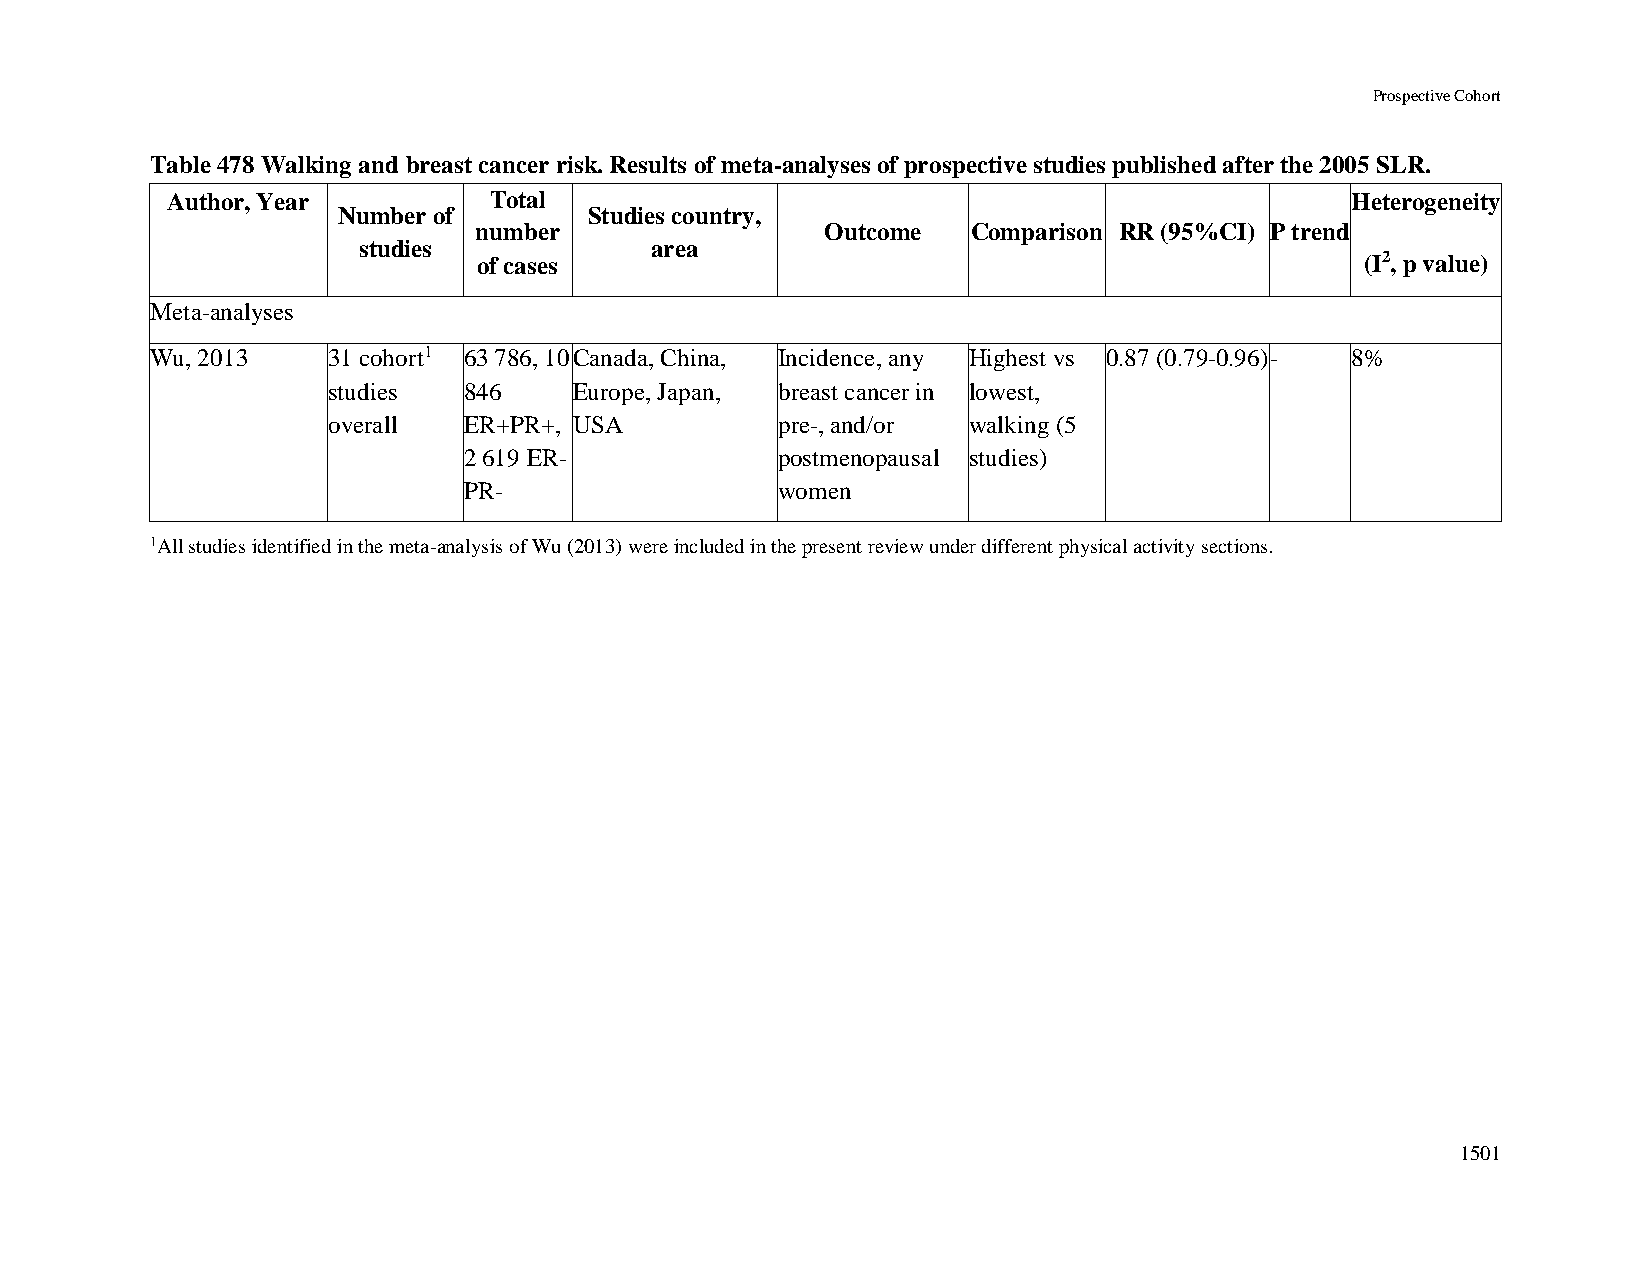
Prospective Cohort
 Table 478 Walking and breast cancer risk. Results of meta-analyses of prospective studies published after the 2005 SLR.
 Author, Year         Total                                                    Heterogeneity
 Number of        Studies country,
 number                  Outcome  Comparison RR (95%CI) P trend
 studies            area
 of cases                                                  (I2, p value)
 Meta-analyses
 Wu, 2013    31 cohort1 63 786, 10 Canada, China, Incidence, any Highest vs 0.87 (0.79-0.96) - 8%
 studies  846    Europe, Japan, breast cancer in lowest,
 overall  ER+PR+, USA         pre-, and/or walking (5
 2 619 ER-           postmenopausal studies)
 PR-                 women
 1All studies identified in the meta-analysis of Wu (2013) were included in the present review under different physical activity sections.
 1501